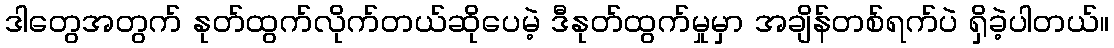
ဒါတွေအတွက် နုတ်ထွက်လိုက်တယ်ဆိုပေမဲ့ ဒီနုတ်ထွက်မှုမှာ အချိန်တစ်ရက်ပဲ ရှိခဲ့ပါတယ်။